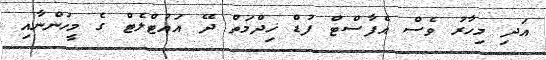
އަދި މިހާރު ވެސް އެފާސްޓް ފުޑް ޚިދްމަތް ދޭ އައުޓްލެޓް ގެ މީހުންނާއި